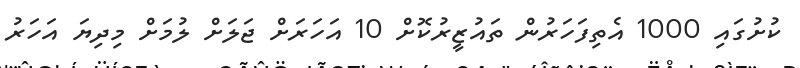
ކުށުގައި 1000 އެތިފަހަރުން ތައުޒީރުކޮށް 10 އަހަރަށް ޖަލަށް ލުމަށް މިދިޔަ އަހަރު